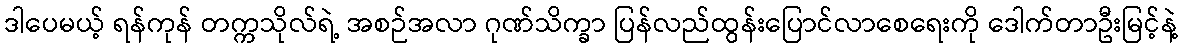
ဒါပေမယ့် ရန်ကုန် တက္ကသိုလ်ရဲ့ အစဉ်အလာ ဂုဏ်သိက္ခာ ပြန်လည်ထွန်းပြောင်လာစေရေးကို ဒေါက်တာဦးမြင့်နဲ့